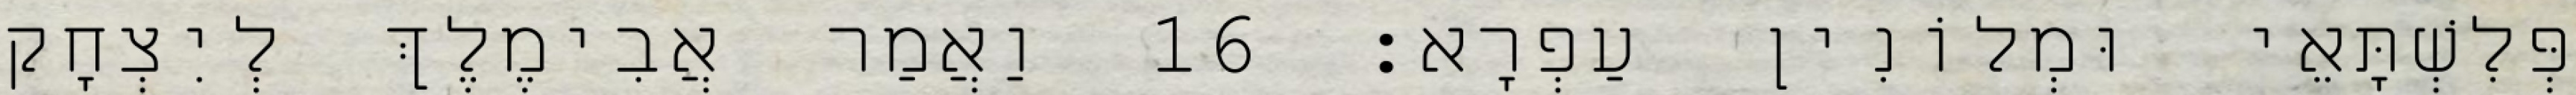
פְּלִשְׁתָּאֵי וּמְלוֹנִין עַפְרָא׃ 16 וַאֲמַר אֲבִימֶלֶךְ לְיִצְחָק